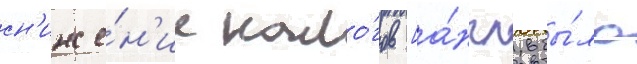
сн'иже́н'ие нало́гов [а́нгл. бы́ло